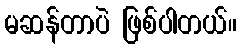
မဆန်တာပဲ ဖြစ်ပါတယ်။